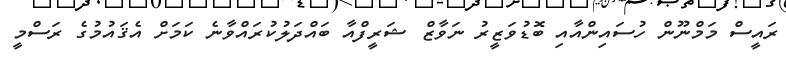
ރައީސް މަމްނޫން ހުސައިންއާއި ބޮޑުވަޒީރު ނަވާޒް ޝަރީފްއާ ބައްދަލުކުރައްވާނެ ކަމަށް އެޤައުމުގެ ރަސްމީ